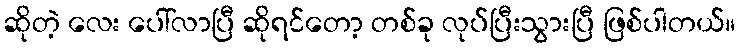
ဆိုတဲ့ လေး ပေါ်လာပြီ ဆိုရင်တော့ တစ်ခု လုပ်ပြီးသွားပြီ ဖြစ်ပါတယ်။